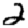
Digit: 2